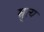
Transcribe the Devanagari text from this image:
म्रुत्य